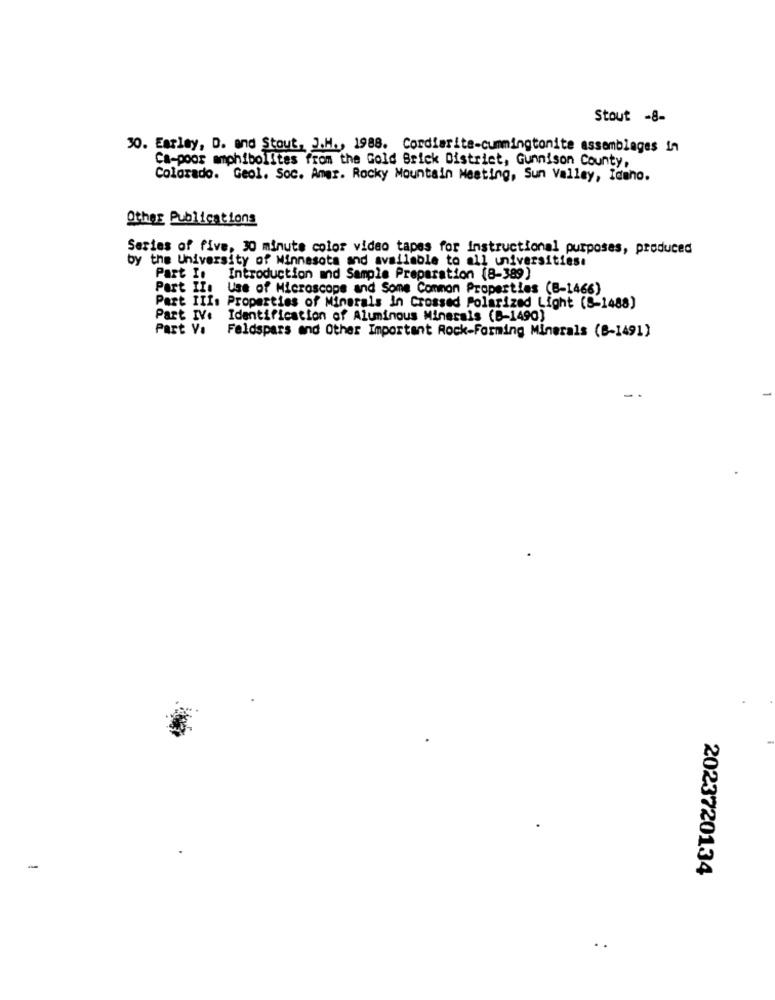
Stout -8-
30. Esplay, D. and Stout, J.H ., 1988. Cordierite-cummingtonite assemblages in
Ca-poor amphibolites from the Gold Brick District, Gunnison County,
Colorado. Geol. Soc. Amgr. Rocky Mountain Meeting, Sun Valley, Idaho.
Other Publications
Series of five, 30 minute color video tapes for Instructional purposes, produced
by the University of Minnesota and available to all universities.
Part I. Introduction and Sample Preparation (8-389)
Part II:
Uss of Microscope and Some Common Properties (B-1466)
Part III: Properties of Minerals In Crossed Polarized Light (8-1488)
Part IVe
Identification of Aluminous Minerals (B-1490)
Part V.
Feldspars and Other Important Rock-Forming Minerals (B-1491)
-
2023720134